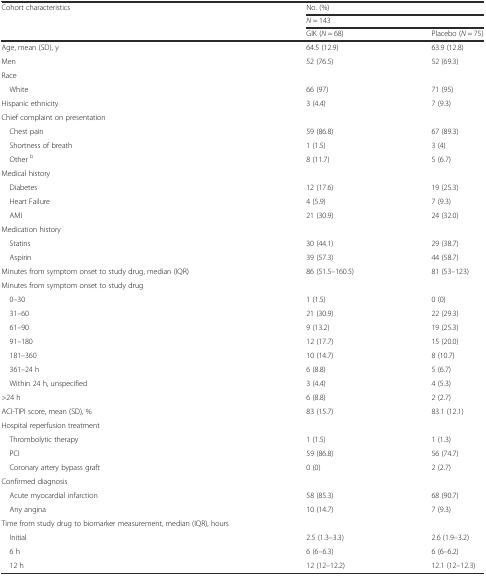
<table><thead><tr><td rowspan="3"><b>Cohort characteristics</b></td><td colspan="2"><b>No. (%)</b></td></tr><tr><td colspan="2"><b><i>N</i> = 143</b></td></tr><tr><td><b>GIK (<i>N</i> = 68)</b></td><td><b>Placebo (<i>N</i> = 75)</b></td></tr></thead><tbody><tr><td>Age, mean (SD), y</td><td>64.5 (12.9)</td><td>63.9 (12.8)</td></tr><tr><td>Men</td><td>52 (76.5)</td><td>52 (69.3)</td></tr><tr><td>Race</td><td></td><td></td></tr><tr><td> White</td><td>66 (97)</td><td>71 (95)</td></tr><tr><td>Hispanic ethnicity</td><td>3 (4.4)</td><td>7 (9.3)</td></tr><tr><td>Chief complaint on presentation</td><td></td><td></td></tr><tr><td> Chest pain</td><td>59 (86.8)</td><td>67 (89.3)</td></tr><tr><td> Shortness of breath</td><td>1 (1.5)</td><td>3 (4)</td></tr><tr><td> Other <sup>b</sup></td><td>8 (11.7)</td><td>5 (6.7)</td></tr><tr><td>Medical history</td><td></td><td></td></tr><tr><td> Diabetes</td><td>12 (17.6)</td><td>19 (25.3)</td></tr><tr><td> Heart Failure</td><td>4 (5.9)</td><td>7 (9.3)</td></tr><tr><td> AMI</td><td>21 (30.9)</td><td>24 (32.0)</td></tr><tr><td>Medication history</td><td></td><td></td></tr><tr><td> Statins</td><td>30 (44.1)</td><td>29 (38.7)</td></tr><tr><td> Aspirin</td><td>39 (57.3)</td><td>44 (58.7)</td></tr><tr><td>Minutes from symptom onset to study drug, median (IQR)</td><td>86 (51.5–160.5)</td><td>81 (53–123)</td></tr><tr><td colspan="3">Minutes from symptom onset to study drug</td></tr><tr><td> 0–30</td><td>1 (1.5)</td><td>0 (0)</td></tr><tr><td> 31–60</td><td>21 (30.9)</td><td>22 (29.3)</td></tr><tr><td> 61–90</td><td>9 (13.2)</td><td>19 (25.3)</td></tr><tr><td> 91–180</td><td>12 (17.7)</td><td>15 (20.0)</td></tr><tr><td> 181–360</td><td>10 (14.7)</td><td>8 (10.7)</td></tr><tr><td> 361–24 h</td><td>6 (8.8)</td><td>5 (6.7)</td></tr><tr><td> Within 24 h, unspecified</td><td>3 (4.4)</td><td>4 (5.3)</td></tr><tr><td>&gt;24 h</td><td>6 (8.8)</td><td>2 (2.7)</td></tr><tr><td>ACI-TIPI score, mean (SD), %</td><td>83 (15.7)</td><td>83.1 (12.1)</td></tr><tr><td>Hospital reperfusion treatment</td><td></td><td></td></tr><tr><td> Thrombolytic therapy</td><td>1 (1.5)</td><td>1 (1.3)</td></tr><tr><td> PCI</td><td>59 (86.8)</td><td>56 (74.7)</td></tr><tr><td> Coronary artery bypass graft</td><td>0 (0)</td><td>2 (2.7)</td></tr><tr><td>Confirmed diagnosis</td><td></td><td></td></tr><tr><td> Acute myocardial infarction</td><td>58 (85.3)</td><td>68 (90.7)</td></tr><tr><td> Any angina</td><td>10 (14.7)</td><td>7 (9.3)</td></tr><tr><td>Time from study drug to biomarker measurement, median (IQR), hours</td><td></td><td></td></tr><tr><td> Initial</td><td>2.5 (1.3–3.3)</td><td>2.6 (1.9–3.2)</td></tr><tr><td> 6 h</td><td>6 (6–6.3)</td><td>6 (6–6.2)</td></tr><tr><td> 12 h</td><td>12 (12–12.2)</td><td>12.1 (12–12.3)</td></tr></tbody></table>